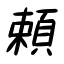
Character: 頼